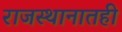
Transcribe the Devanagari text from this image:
राजस्थानातही